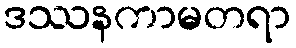
ဒဿနကာမတရာ